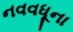
નવવધૂના